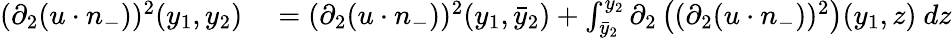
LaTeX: \begin{array}{rl}{(\partial_{2}(u\cdot n_{-}))^{2}(y_{1},y_{2})}&{{}=(\partial_{2}(u\cdot n_{-}))^{2}(y_{1},\bar{y}_{2})+\int_{\bar{y}_{2}}^{y_{2}}\partial_{2}\left((\partial_{2}(u\cdot n_{-}))^{2}\right)(y_{1},z)\ dz}\end{array}